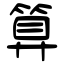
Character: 算